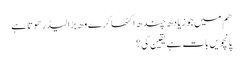
هم میں جو زیادھ چندھ اکٹھا کرے وھ بڑا لیڈر هوتا ہے
پانچویں بات ہے یقین کی ؟